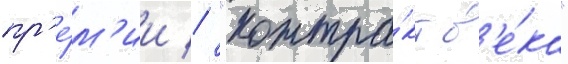
пр'е́м'ии // "контра́кт в'е́ка"